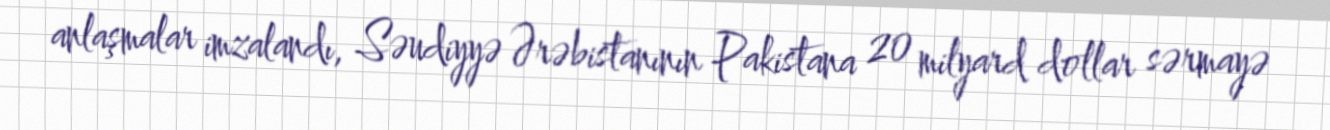
anlaşmalar imzalandı, Səudiyyə Ərəbistanının Pakistana 20 milyard dollar sərmayə